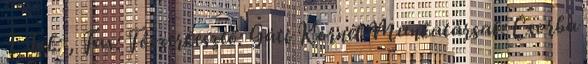
1. Tel.: , Fax: Főszerkesztő: Gáti Kornél Munkatársak: Csorba